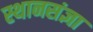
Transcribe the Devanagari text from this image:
स्थानसंज्ञा